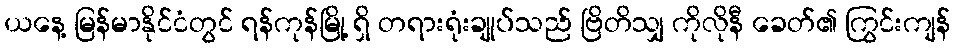
ယနေ့ မြန်မာနိုင်ငံတွင် ရန်ကုန်မြို့ ရှိ တရားရုံးချုပ်သည် ဗြိတိသျှ ကိုလိုနီ ခေတ်၏ ကြွင်းကျန်